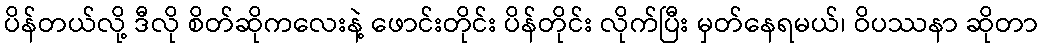
ပိန်တယ်လို့ ဒီလို စိတ်ဆိုကလေးနဲ့ ဖောင်းတိုင်း ပိန်တိုင်း လိုက်ပြီး မှတ်နေရမယ်၊ ဝိပဿနာ ဆိုတာ